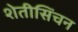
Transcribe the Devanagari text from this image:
शेतीसिंचन